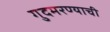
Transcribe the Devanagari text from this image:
गुदमरण्याची